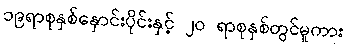
၁၉ရာစုနှစ်နှောင်းပိုင်းနှင့် ၂၀ ရာစုနှစ်တွင်မူကား